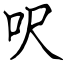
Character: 呎